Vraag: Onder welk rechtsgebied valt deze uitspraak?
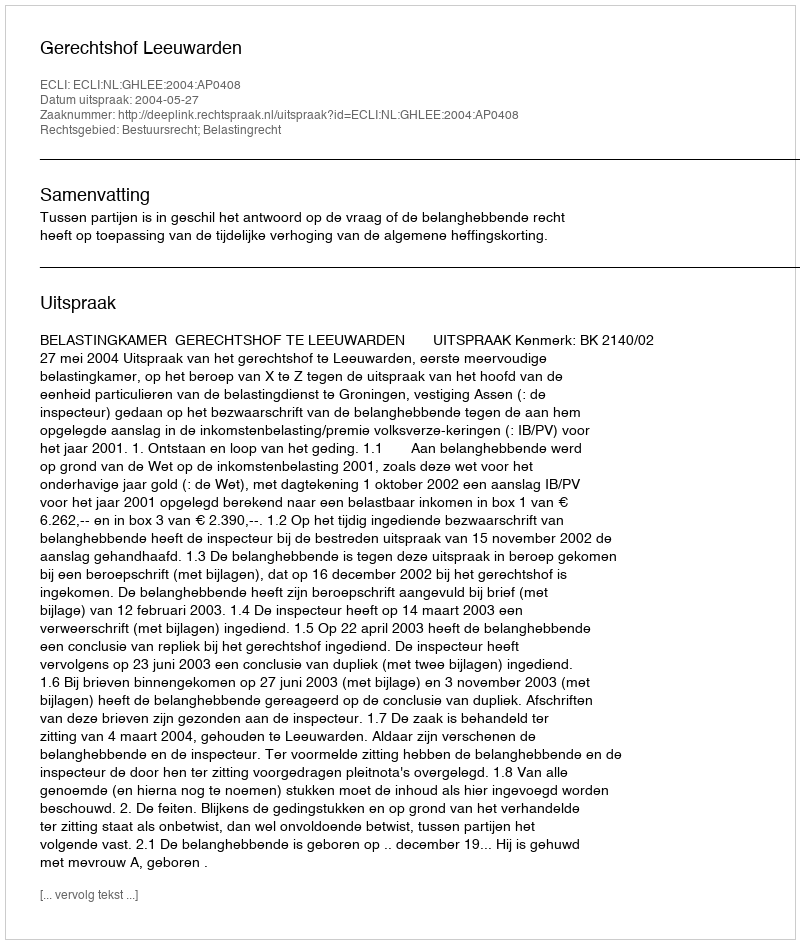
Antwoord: Bestuursrecht; Belastingrecht